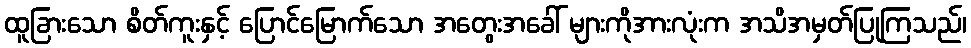
ထူခြားသော စိတ်ကူးနှင့် ပြောင်မြောက်သော အတွေးအခေါ် များကိုအားလုံးက အသိအမှတ်ပြုကြသည်၊